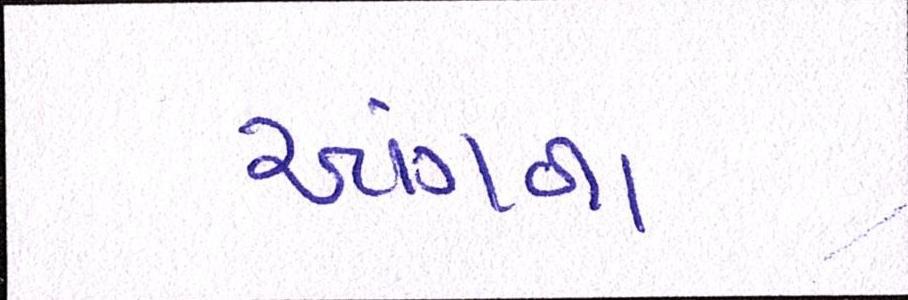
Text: આંગળા